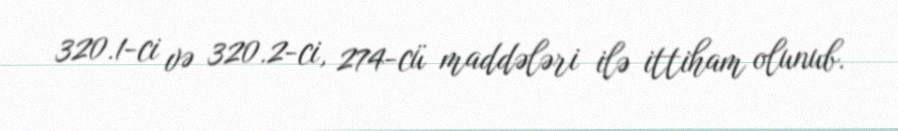
320.1-ci və 320.2-ci, 274-cü maddələri ilə ittiham olunub.